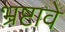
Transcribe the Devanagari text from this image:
भ्रष्टावे